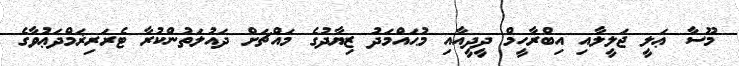
މޫސާ ޢަލީ ޖަލީލާއި އިބްރާހީމް ދީދީއާއި މުޙައްމަދު ޒިޔާދުގެ މައްޗަށް ދައުލަތުންކުރާ ޓެރަރިޜަމްދަޢުވާގެ